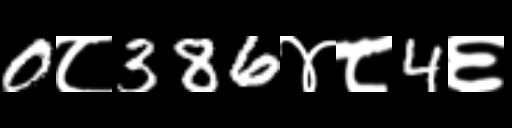
Text: 0८386४८4६